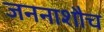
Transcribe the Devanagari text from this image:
जननाशौच